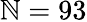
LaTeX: \mathbb{N}=93